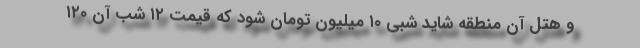
و هتل آن منطقه شاید شبی ۱۰ میلیون تومان شود که قیمت ۱۲ شب آن ۱۲۰